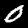
Label: 0